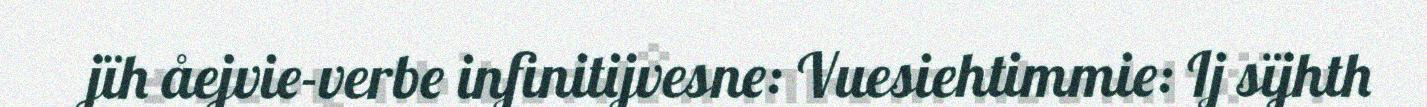
jïh åejvie-verbe infinitijvesne: Vuesiehtimmie: Ij sïjhth